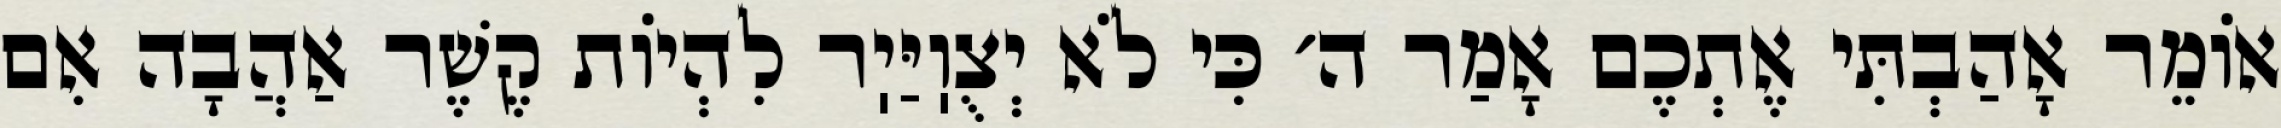
אוֹמֵר אָהַבְתִּי אֶתְכֶם אָמַר ה׳ כִּי לֹא יְצֻוֽיַּיֽר לִהְיוֹת קֶשֶׁר אַהֲבָה אִם